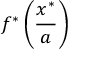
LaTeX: f ^ { * } \left( { \frac { x ^ { * } } { a } } \right)